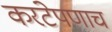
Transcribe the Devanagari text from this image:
करंटेपणाच